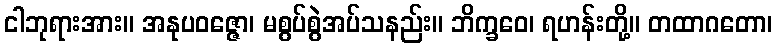
ငါဘုရားအား။ အနုပဝဇ္ဇော၊ မစွပ်စွဲအပ်သနည်း။ ဘိက္ခဝေ၊ ရဟန်းတို့။ တထာဂတော၊